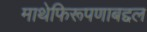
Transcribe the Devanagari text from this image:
माथेफिरूपणाबद्दल